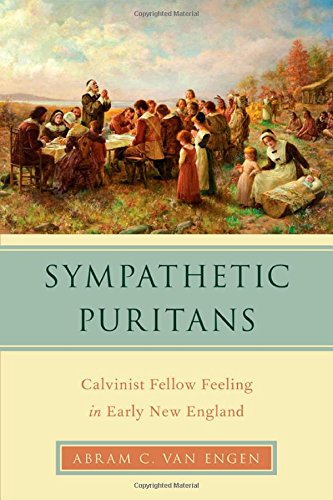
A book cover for Sympathetic Puritans: Calvinist Fellow Feeling in Early New England (Religion in America); Abram Van Engen; Christian Books & Bibles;